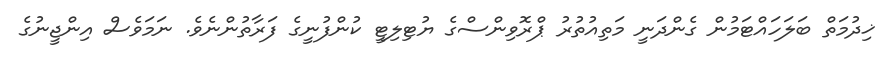
ޚިދުމަތް ބަލަހައްޓަމުން ގެންދަނީ މަތިއުތުރު ޕްރޮވިންސްގެ ޔުޓިލިޓީ ކުންފުނީގެ ފަރާތުންނެވެ. ނަމަވެސް އިންޖީނުގެ